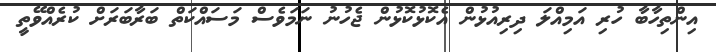
އިންތިހާބާ ހުރި އަމިއްލަ ދިރިއުޅުން އެކޮޅުކޮޅުން ޖެހުނު ނަމަވެސް މަސައްކަތް ބަރާބަރަށް ކުރެއްވޭތީ